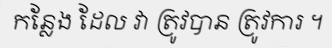
កន្លែង ដែល វា ត្រូវបាន ត្រូវការ ។